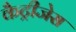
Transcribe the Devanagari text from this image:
कैट्रीजेस